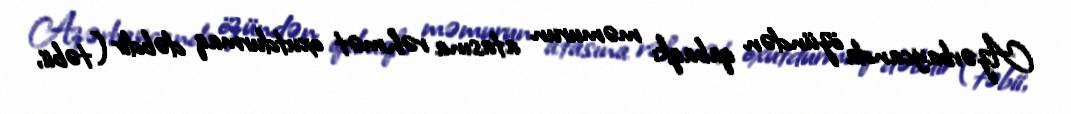
Azərbaycanda özündən qabaqkı məmurun atasına rəhmət oxutdurmaq dəbdir (təbii,